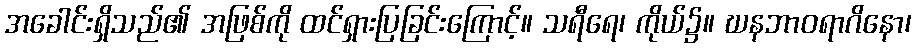
အခေါင်းရှိသည်၏ အဖြစ်ကို ထင်ရှားပြခြင်းကြောင့်။ သရီရေ၊ ကိုယ်၌။ ဃနဘာဝရာဂိနော၊